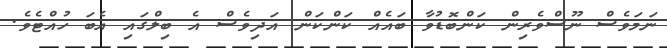
ނަމަވެސް ނޫސްވެރިން ކަންބޮޑުވާ ބައެއް ކަންކަން އަދިވެސް އެ ބިލްގައި އެބަ ހުއްޓެވެ.